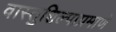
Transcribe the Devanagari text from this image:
वास्तुशिल्पाप्रमाणे